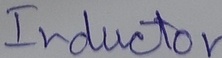
Text: Inductor